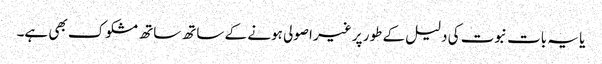
یا یہ بات نبوت کی دلیل کے طور پر غیر اصولی ہونے کے ساتھ ساتھ مشکوک بھی ہے۔